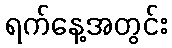
ရက်နေ့အတွင်း